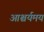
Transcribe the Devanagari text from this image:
आश्चर्यमय